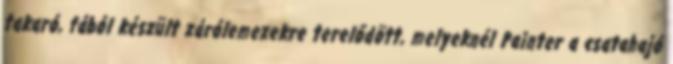
takaró, fából készült zárólemezekre terelődött, melyeknél Painter a csatahajó